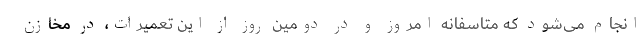
انجام می‌شود که متاسفانه امروز و در دومین روز از این تعمیرات، در مخازن